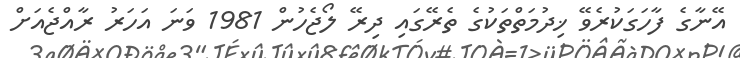
އޭނާގެ ފާހަގަކުރެވޭ ޚިދުމަތްތަކުގެ ތެރޭގައި ދިރޭ ލޯޖެހުން 1981 ވަނަ އަހަރު ރާއްޖެއަށް